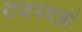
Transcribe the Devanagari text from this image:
राजनयज्ञां